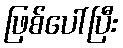
ဖြစ်ပေါ်ပြီး